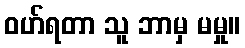
ဝဟ်ရတာ သူ ဘာမှ မမှု။